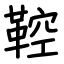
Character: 鞚